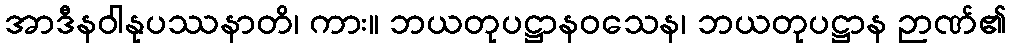
အာဒီနဝါနုပဿနာတိ၊ ကား။ ဘယတုပဋ္ဌာနဝသေန၊ ဘယတုပဋ္ဌာန ဉာဏ်၏